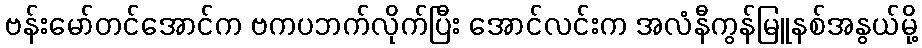
ဗန်းမော်တင်အောင်က ဗကပဘက်လိုက်ပြီး အောင်လင်းက အလံနီကွန်မြူနစ်အနွယ်မို့